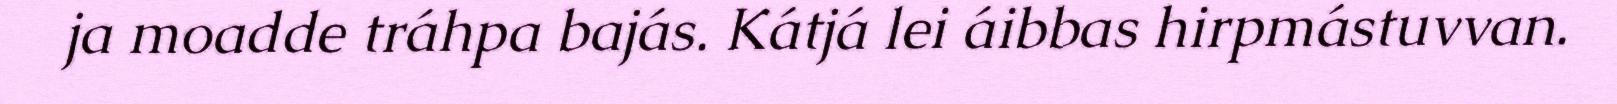
ja moadde tráhpa bajás. Kátjá lei áibbas hirpmástuvvan.